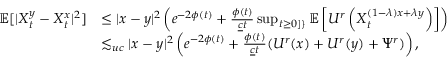
\begin{array} { r l } { \mathbb { E } [ | X _ { t } ^ { y } - X _ { t } ^ { x } | ^ { 2 } ] } & { \le | x - y | ^ { 2 } \left( e ^ { - 2 \phi ( t ) } + \frac { \phi ( t ) } { \underline { { c } } t } \operatorname* { s u p } _ { t \ge 0 ] \} } \mathbb { E } \left[ U ^ { r } \left( X _ { t } ^ { ( 1 - \lambda ) x + \lambda y } \right) \right] \right) } \\ & { \lesssim _ { u c } | x - y | ^ { 2 } \left( e ^ { - 2 \phi ( t ) } + \frac { \phi ( t ) } { \underline { { c } } t } ( U ^ { r } ( x ) + U ^ { r } ( y ) + \Psi ^ { r } ) \right) , } \end{array}